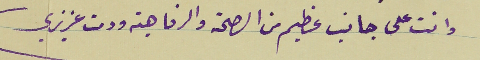
وانت على جانب عظيم من الصحة والرفاهية ودمت عزيزي